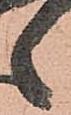
之